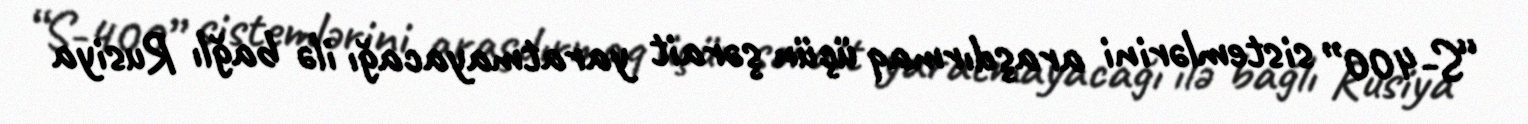
“S-400” sistemlərini araşdırmaq üçün şərait yaratmayacağı ilə bağlı Rusiya